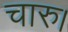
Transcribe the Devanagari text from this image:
चारु।